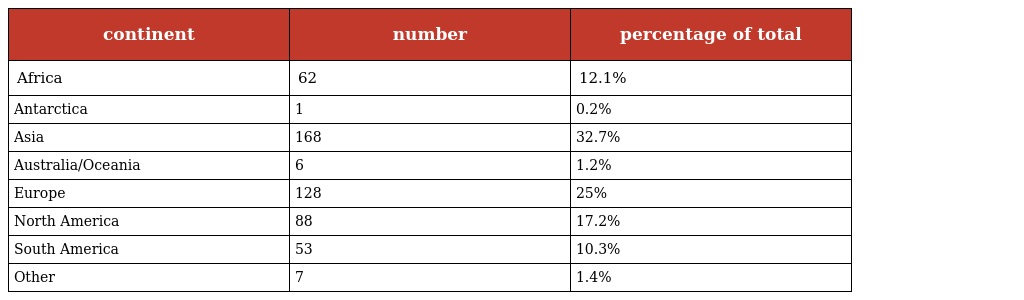
| continent | number | percentage of total |
 | --- | --- | --- |
 | Africa | 62 | 12.1% |
 | Antarctica | 1 | 0.2% |
 | Asia | 168 | 32.7% |
 | Australia/Oceania | 6 | 1.2% |
 | Europe | 128 | 25% |
 | North America | 88 | 17.2% |
 | South America | 53 | 10.3% |
 | Other | 7 | 1.4% |